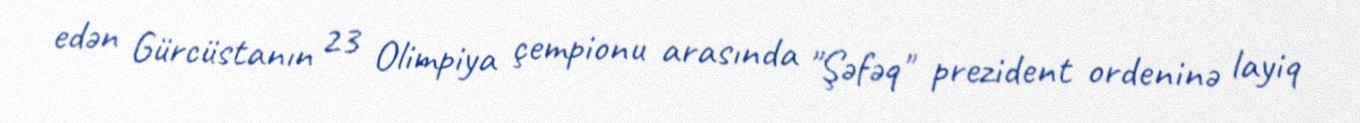
edən Gürcüstanın 23 Olimpiya çempionu arasında "Şəfəq" prezident ordeninə layiq